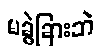
မခွဲခြားဘဲ